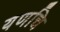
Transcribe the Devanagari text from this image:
यणचि